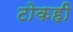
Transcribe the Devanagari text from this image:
टोकही